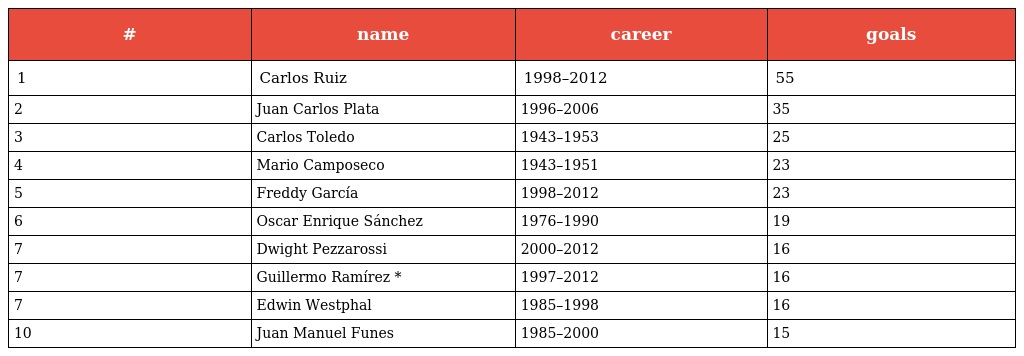
| # | name | career | goals |
 | --- | --- | --- | --- |
 | 1 | Carlos Ruiz | 1998–2012 | 55 |
 | 2 | Juan Carlos Plata | 1996–2006 | 35 |
 | 3 | Carlos Toledo | 1943–1953 | 25 |
 | 4 | Mario Camposeco | 1943–1951 | 23 |
 | 5 | Freddy García | 1998–2012 | 23 |
 | 6 | Oscar Enrique Sánchez | 1976–1990 | 19 |
 | 7 | Dwight Pezzarossi | 2000–2012 | 16 |
 | 7 | Guillermo Ramírez * | 1997–2012 | 16 |
 | 7 | Edwin Westphal | 1985–1998 | 16 |
 | 10 | Juan Manuel Funes | 1985–2000 | 15 |